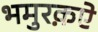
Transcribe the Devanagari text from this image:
भमुरक़ऐ